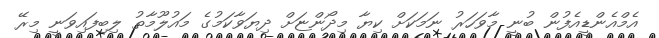
އެމްއެންޑީއެފުން ބުނީ މާވަހަރު ނަމަކަށް ކިޔާ މިދޯންޏަށް ދިޔަވާކަމުގެ މައުލޫމާތު ލިބިފައިވަނީ މިރޭ